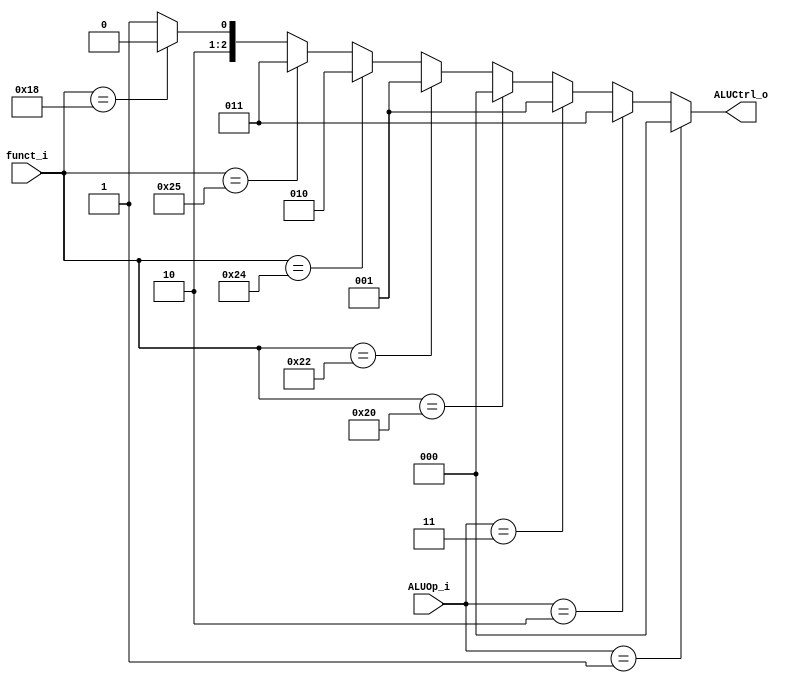
module ALU_Control
(
	funct_i,
	ALUOp_i,
	ALUCtrl_o
);

input			[5:0] funct_i;
input			[1:0] ALUOp_i;
output		[2:0] ALUCtrl_o;

assign ALUCtrl_o=(ALUOp_i==2'b01)? 3'b000: //add //I-type, addi, lw, sw
				 (ALUOp_i==2'b10)? 3'b011:     //or  //I-type, ori
				 (ALUOp_i==2'b11)? 3'b001:     //sub //I-type, beq
				 (funct_i==6'b100000)? 3'b000: //add
				 (funct_i==6'b100010)? 3'b001: //sub
				 (funct_i==6'b100100)? 3'b010: //and
				 (funct_i==6'b100101)? 3'b011: //or
				 (funct_i==6'b011000)? 3'b100: //mul
				 3'b101;
endmodule